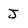
Character: J